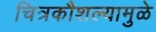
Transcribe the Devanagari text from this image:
चित्रकौशल्यामुळे